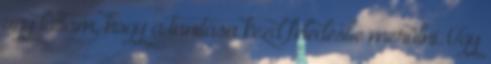
úgy láttam, hogy a tanítása kezd feledésbe merülni. Úgy